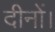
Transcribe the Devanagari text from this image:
दीनों।